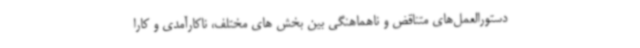
دستورالعمل‌های متناقض و ناهماهنگی بین بخش های مختلف، ناکارآمدی و کارا